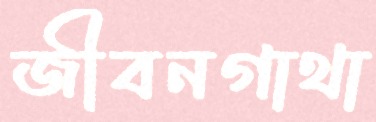
জীবনগাথা